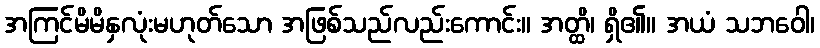
အကြင်မိမိနှလုံးမဟုတ်သော အဖြစ်သည်လည်းကောင်း။ အတ္ထိ၊ ရှိ၏။ အယံ သဘဝေါ၊